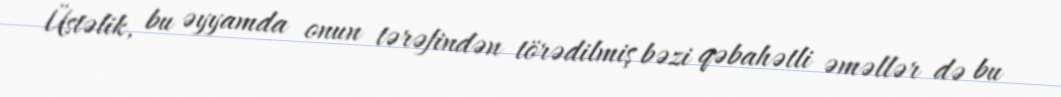
Üstəlik, bu əyyamda onun tərəfindən törədilmiş bəzi qəbahətli əməllər də bu